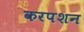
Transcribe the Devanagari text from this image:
करपशन